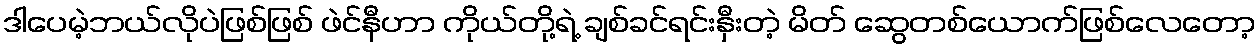
ဒါပေမဲ့ဘယ်လိုပဲဖြစ်ဖြစ် ဖဲင်နီဟာ ကိုယ်တို့ရဲ့ ချစ်ခင်ရင်းနှီးတဲ့ မိတ် ဆွေတစ်ယောက်ဖြစ်လေတော့